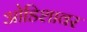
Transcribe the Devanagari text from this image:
ओडिशावर